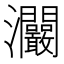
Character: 𤅾